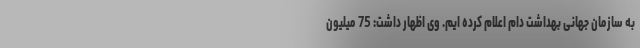
به سازمان جهانی بهداشت دام اعلام کرده ایم. وی اظهار داشت: 75 میلیون